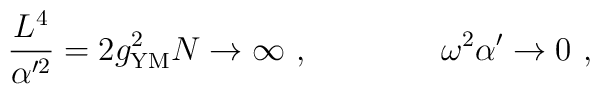
{L^4\over \alpha'^2} = 2 g^2_{{\rm YM}} N \rightarrow \infty\ ,\qquad\qquad \omega^2 \alpha' \rightarrow 0\ ,